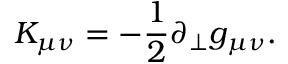
K _ { \mu \nu } = - \frac { 1 } { 2 } \partial _ { \perp } g _ { \mu \nu } .